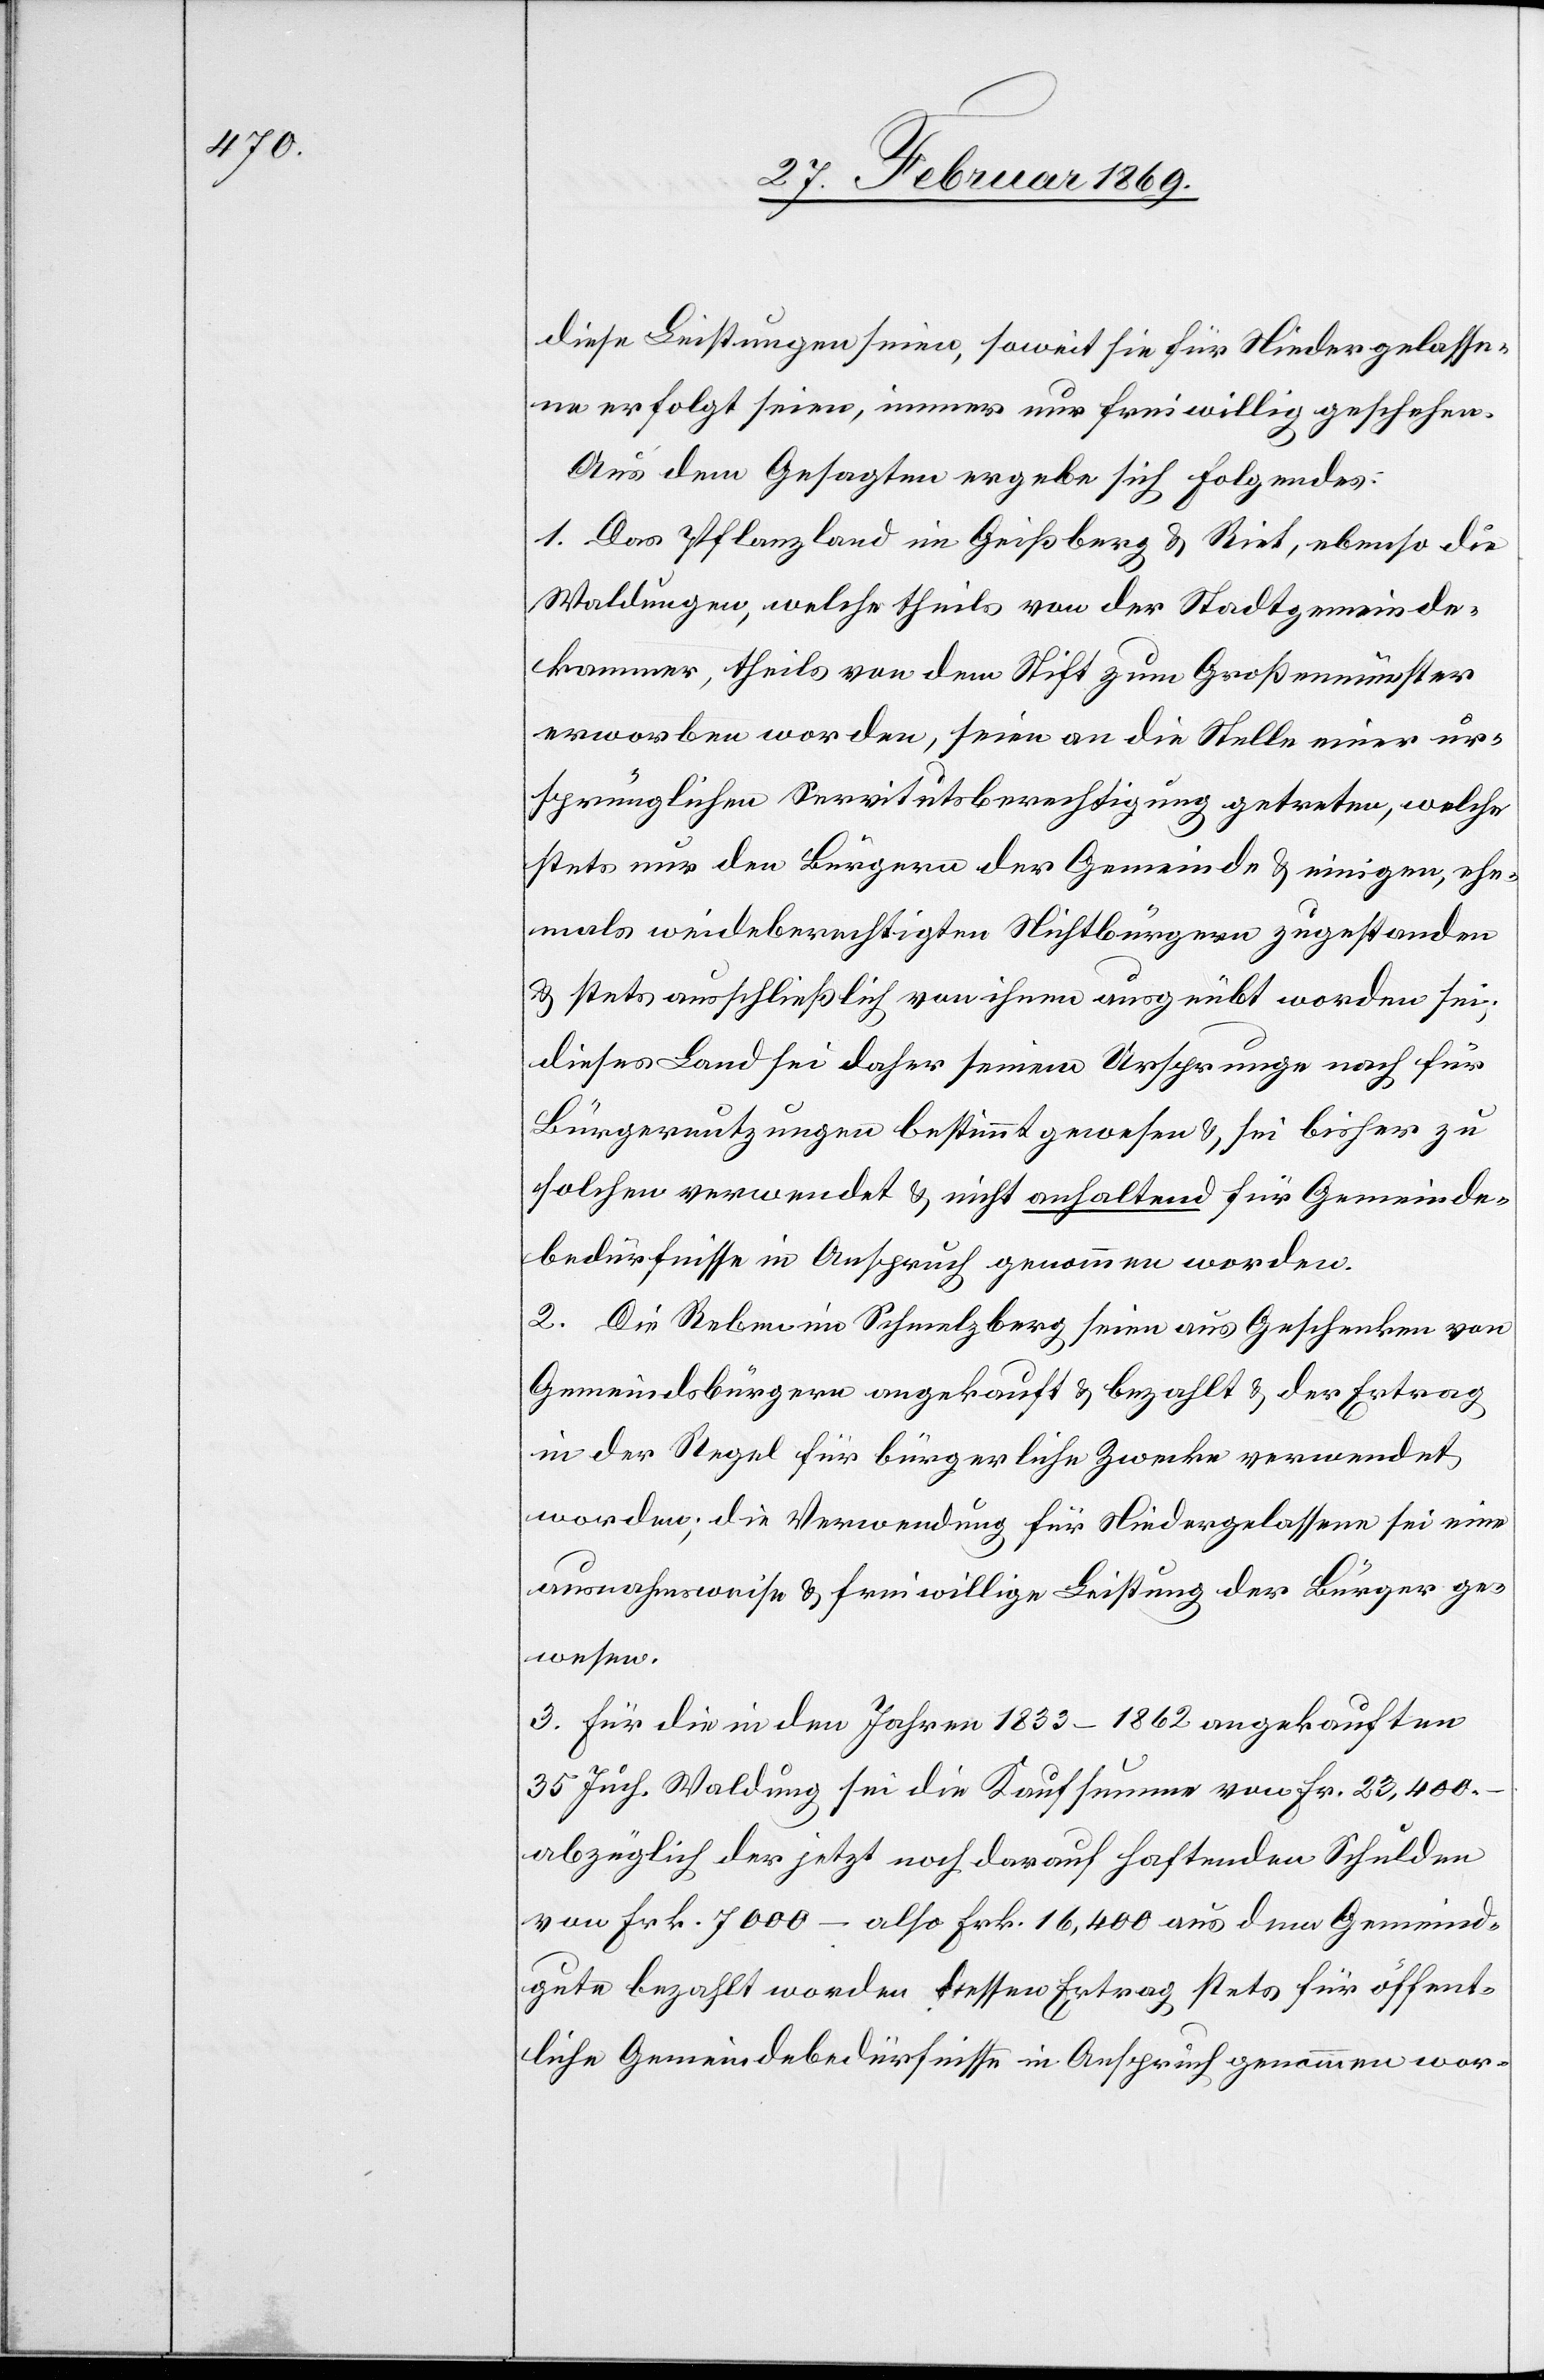
diese Leistungen seien, soweit sie für Niedergelasse¬
ne erfolgt seien, immer nur freiwillig geschehen.
Aus dem Gesagten ergebe sich Folgendes:
1. Das Pflanzland im Geißberg & Riet, ebenso die
Waldungen, welche theils von der Stadtgemeinde¬
kammer, theils von dem Stift zum Großmünster
erworben worden, seien an die Stelle einer ur¬
sprünglichen Servitutsberechtigung getreten, welche
stets nur den Bürgern der Gemeinde & einigen, ehe¬
mals weideberechtigten Nichtbürgern zugestanden
& stets ausschließlich von ihnen ausgeübt worden sei;
dieses Land sei daher seinem Ursprunge nach für
Bürgernutzungen bestimmt gewesen & sei bisher zu
solchen verwendet & nicht anhaltend für Gemeinde¬
bedürfnisse in Anspruch genommen worden.
2. Die Reben im Schmelzberg seien aus Geschenken von
Gemeindsbürgern angekauft & bezahlt & der Ertrag
in der Regel für bürgerliche Zwecke verwendet
worden; die Verwendung für Niedergelassene sei eine
ausnahmsweise & freiwillige Leistung der Bürger ge¬
wesen.
3. Für die in den Jahren 1833–1862 angekauften
35 Juch. Waldung sei die Kaufsumme von Fr. 23,400.
abzüglich der jetzt noch darauf haftenden Schulden
von Frk. 7000. – also Frk. 16,400 aus dem Gemeind¬
gute bezahlt worden, dessen Ertrag stets öffent¬
liche Gemeindebedürfnisse in Anspruch genommen wor-